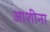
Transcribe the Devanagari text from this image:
आशीना